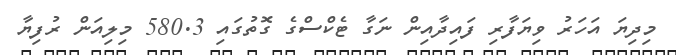
މިދިޔަ އަހަރު ވިޔަފާރި ފައިދާއިން ނަގާ ޓެކްސްގެ ގޮތުގައި 580.3 މިލިއަން ރުފިޔާ